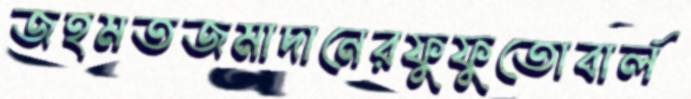
জহমতজমাদানেরফুফুতোবার্ল